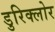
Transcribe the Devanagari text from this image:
डुरिक्लोर